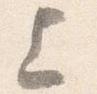
上